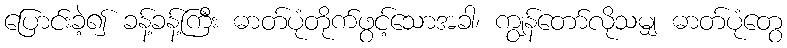
ပြောင်းခဲ့၍ ခန့်ခန့်ကြီး ဓာတ်ပုံတိုက်ဖွင့်သောအခါ၊ ကျွန်တော်လိုသမျှ ဓာတ်ပုံတွေ